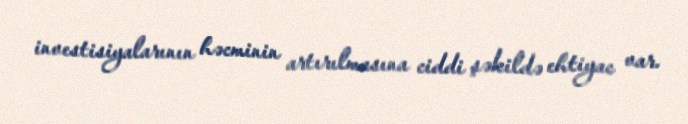
investisiyalarının həcminin artırılmasına ciddi şəkildə ehtiyac var.